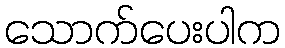
သောက်ပေးပါက